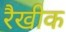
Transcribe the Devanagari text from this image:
रैखीक